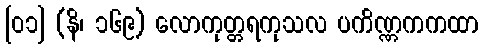
[၀၁] (နိ၊ ၁၆၉) လောကုတ္တရကုသလ ပကိဏ္ဏကကထာ